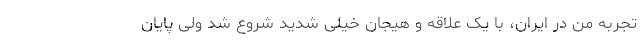
تجربه من در ایران، با یک علاقه و هیجان خیلی شدید شروع شد ولی پایان